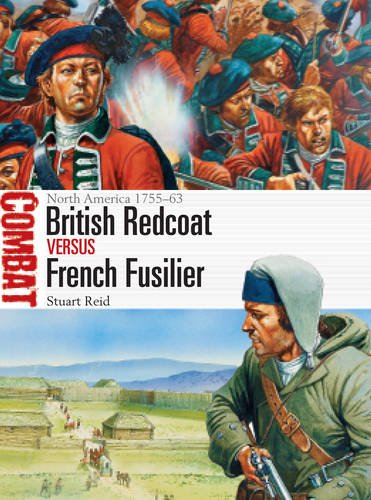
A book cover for British Redcoat vs French Fusilier: North America 1755-63 (Combat); Stuart Reid; History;